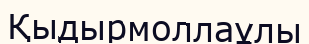
Қыдырмоллаұлы